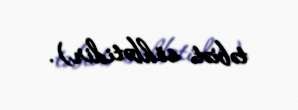
təbiət söhbətidir).